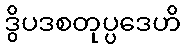
ဒွိပဒစတုပ္ပဒေဟိ